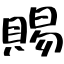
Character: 賜